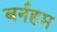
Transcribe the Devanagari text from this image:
बर्नहम